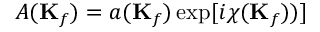
A ( \mathbf { K } _ { f } ) = a ( \mathbf { K } _ { f } ) \exp [ i \chi ( \mathbf { K } _ { f } ) ) ]